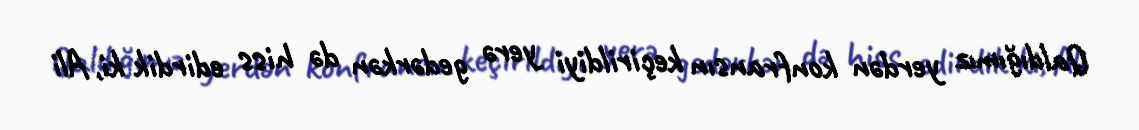
Qaldığımız yerdən konfransın keçirildiyi yerə gedərkən də hiss edirdik ki, Ali